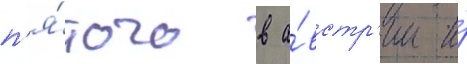
п'я́того в а́встр'ии и́